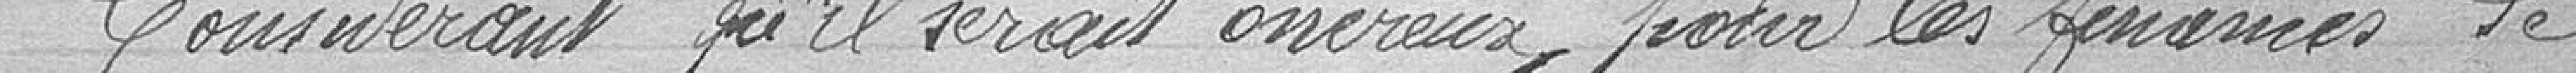
Considérant qu'il serait onéreux pour les finances de